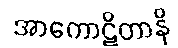
အာကောဋိတာနိ